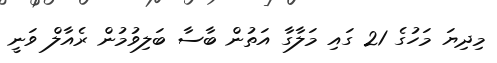
މިދިޔަ މަހުގެ 21 ގައި މަލާގާ އަތުން ބާސާ ބަލިވުމުން ރެއާލް ވަނީ